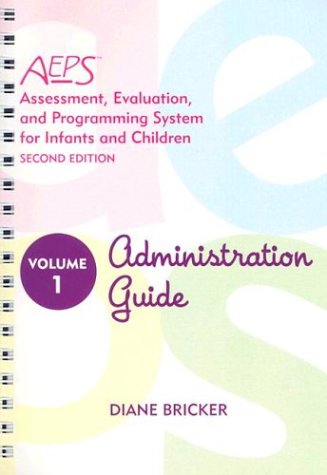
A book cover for Administration Guide (AEPS: Assessment, Evalutaion, and Programming System, Vol. 1); Kristie Pretti-Frontczak; Medical Books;